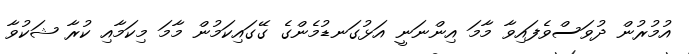
އުމުރުން ދުވަސްވެފައިވާ މާމަ އިންނަނީ އަޅުގަނޑުމެންގެ ގޭގައިކަމުން މާމަ މިކަމާއި ކުރާ ޝަކުވާ